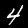
Label: 4